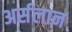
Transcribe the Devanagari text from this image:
अर्सलान